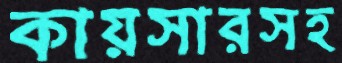
কায়সারসহ